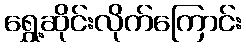
ရွှေ့ဆိုင်းလိုက်ကြောင်း